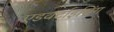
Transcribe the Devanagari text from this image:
एडवर्टाइसिंग